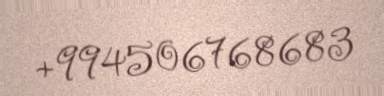
+994506768683